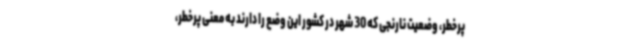
پرخطر، وضعیت نارنجی که 30 شهر در کشور این وضع را دارند به معنی پرخطر،